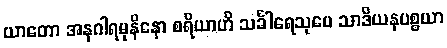
ယာတော အနဂါရမုနိနော စရိယာဟိ သင်္ခါရေသုပေ သာဒိယနပစ္စယာ